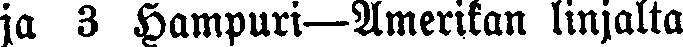
ja 3 Hampuri—Amerikan linjalta